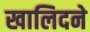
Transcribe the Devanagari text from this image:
खालिदने